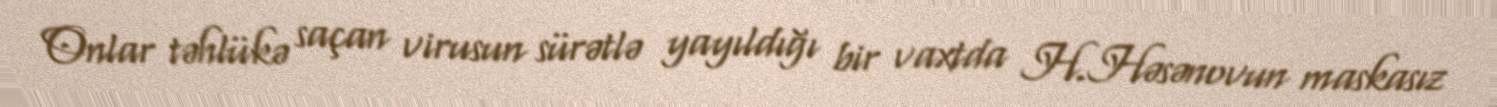
Onlar təhlükə saçan virusun sürətlə yayıldığı bir vaxtda H.Həsənovun maskasız